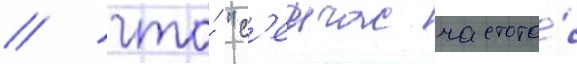
/ что́ "с'еичас частота́